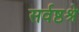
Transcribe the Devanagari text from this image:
सर्वष्ठश्रे